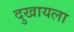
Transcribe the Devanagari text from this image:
दुखायला